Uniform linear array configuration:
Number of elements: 4
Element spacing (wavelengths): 1
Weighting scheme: blackman
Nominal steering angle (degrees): -15
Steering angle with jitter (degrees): -14.53
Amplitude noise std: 0.05
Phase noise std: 0.05

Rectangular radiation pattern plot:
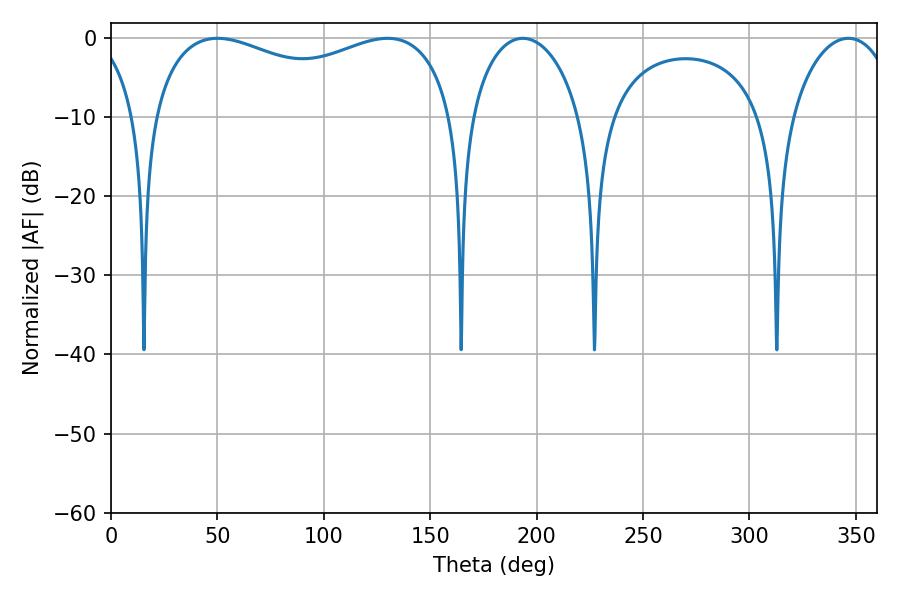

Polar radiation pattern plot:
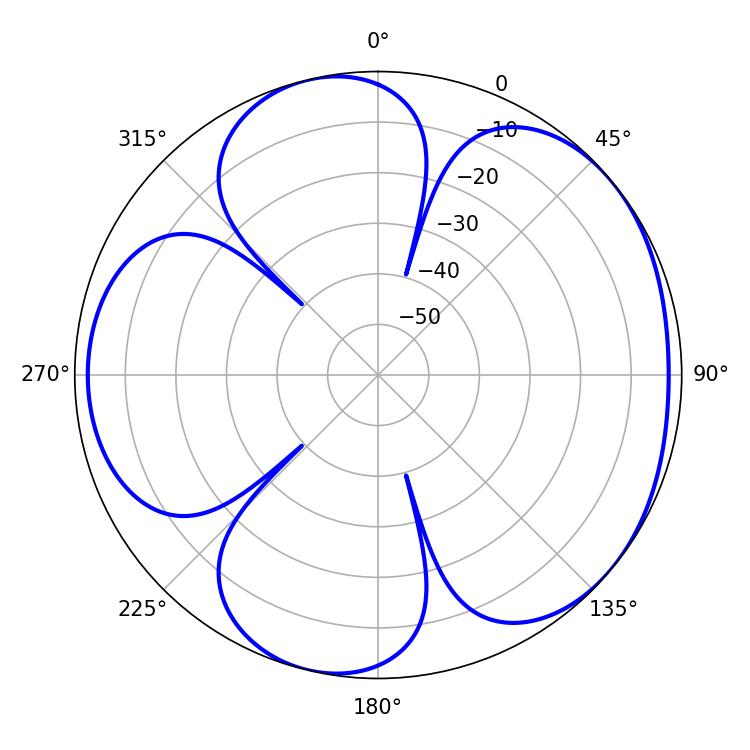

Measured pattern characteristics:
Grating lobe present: TRUE
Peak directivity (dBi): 4.792
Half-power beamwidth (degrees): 29.7
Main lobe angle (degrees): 193.5